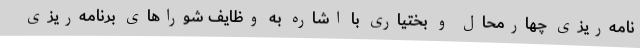
نامه‌ریزی چهارمحال و بختیاری با اشاره به وظایف شوراهای برنامه‌ریزی